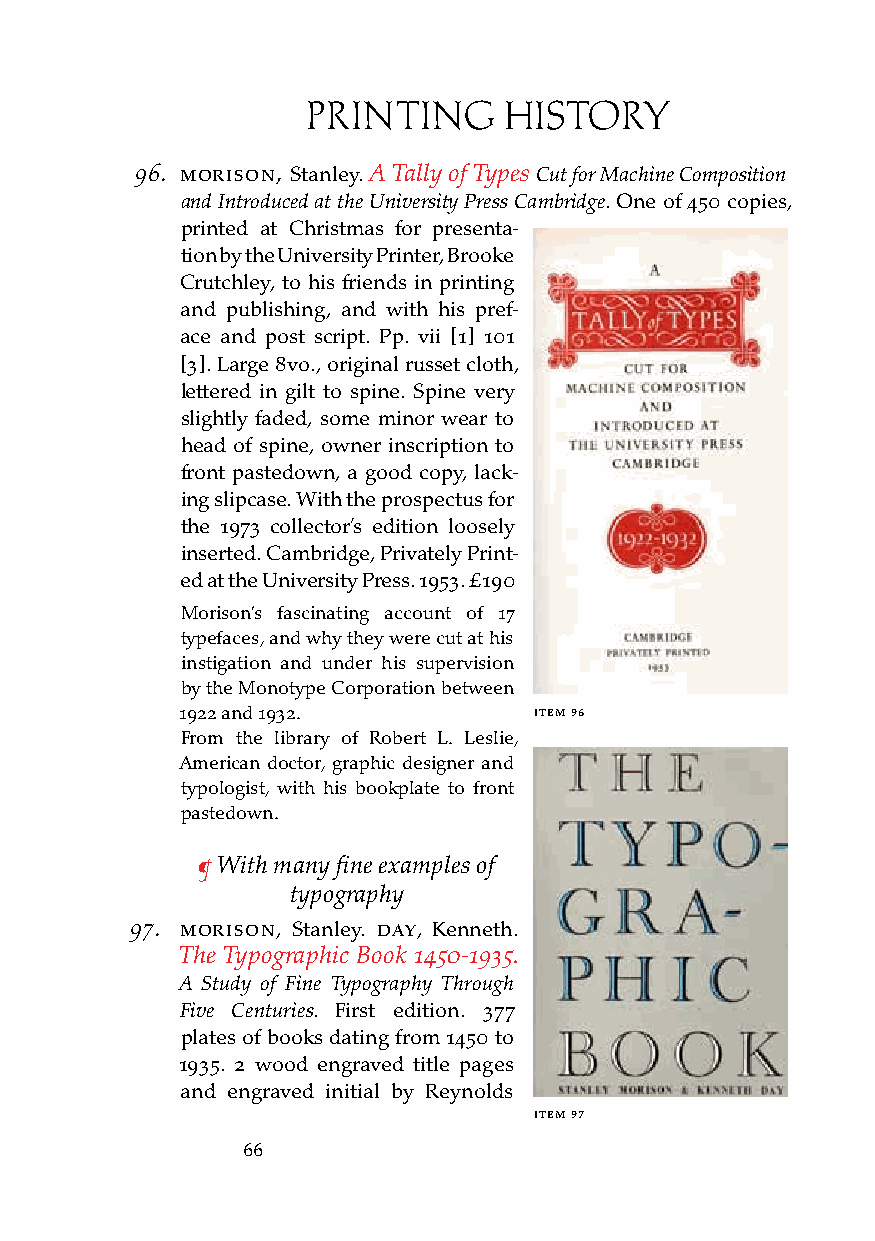
PRINTING     HISTORY
 96. Morison, Stanley. A Tally of Types Cut for Machine Composition
 and Introduced at the University Press Cambridge. One of 450 copies,
 printed at Christmas for presenta-
 tion by the University Printer, Brooke
 Crutchley, to his friends in printing
 and publishing, and with his pref-
 ace and post script. Pp. vii [1] 101
 [3]. Large 8vo., original russet cloth,
 lettered in gilt to spine. Spine very
 slightly faded, some minor wear to
 head of spine, owner inscription to
 front pastedown, a good copy, lack-
 ing slipcase. With the prospectus for
 the 1973 collector’s edition loosely
 inserted. Cambridge, Privately Print-
 ed at the University Press. 1953. £190
 Morison’s fascinating account of 17
 typefaces, and why they were cut at his
 instigation and under his supervision
 by the Monotype Corporation between
 1922 and 1932.         iteM 96
 From the library of Robert L. Leslie,
 American doctor, graphic designer and
 typologist, with his bookplate to front
 pastedown.
 ¶ With many fine examples of
 typography
 97. Morison, Stanley. day, Kenneth.
 The Typographic Book 1450-1935.
 A Study of Fine Typography Through
 Five Centuries. First edition. 377
 plates of books dating from 1450 to
 1935. 2 wood engraved title pages
 and engraved initial by Reynolds
 iteM 97
 66